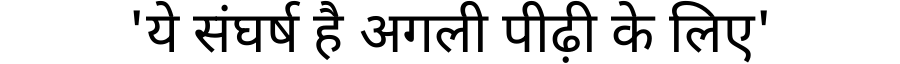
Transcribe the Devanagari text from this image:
'ये संघर्ष है अगली पीढ़ी के लिए'